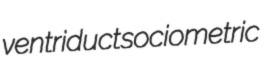
ventriduct sociometric